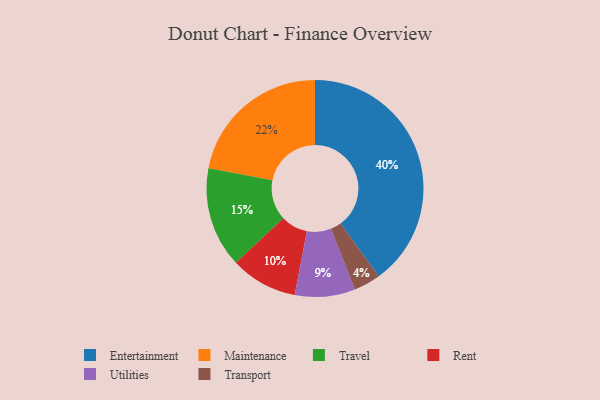
{"axis": {"x": "Category", "y": "Percentage"}, "legend": ["Entertainment", "Maintenance", "Rent", "Transport", "Travel", "Utilities"], "data": [{"x": "Transport", "y": 4, "type": "Transport"}, {"x": "Travel", "y": 15, "type": "Travel"}, {"x": "Utilities", "y": 9, "type": "Utilities"}, {"x": "Entertainment", "y": 40, "type": "Entertainment"}, {"x": "Rent", "y": 10, "type": "Rent"}, {"x": "Maintenance", "y": 22, "type": "Maintenance"}]}